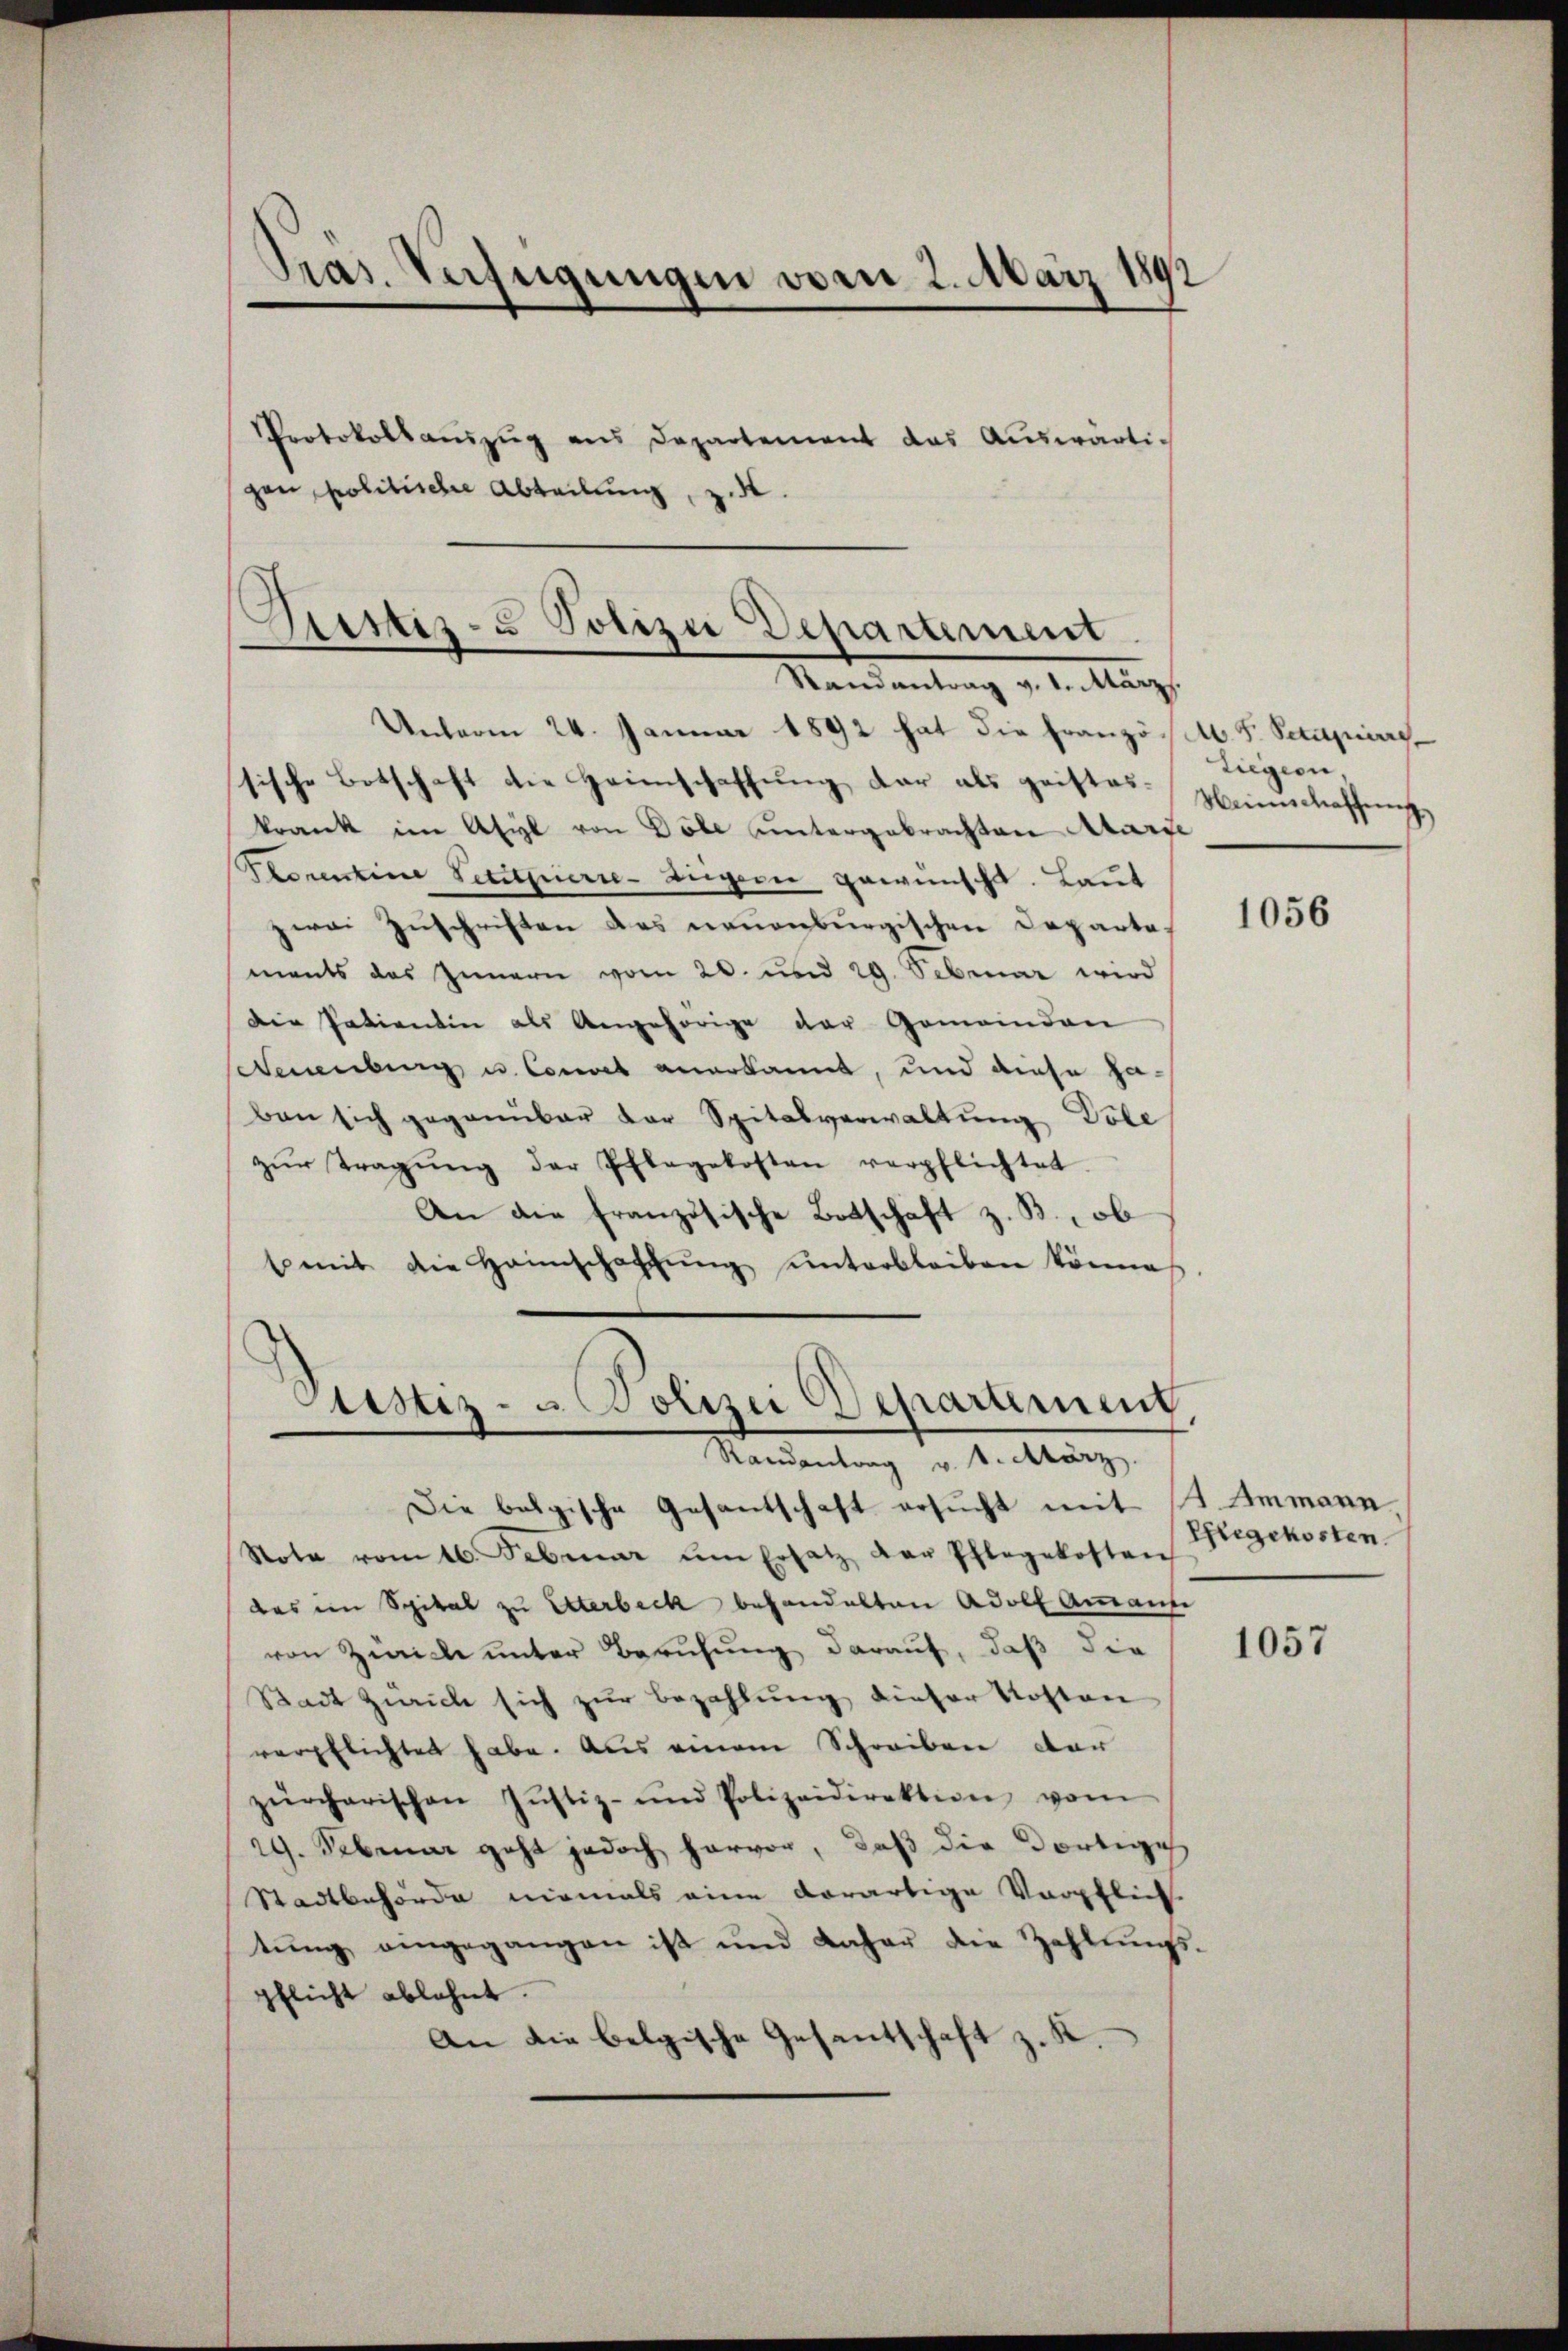
Pras. Verfügungen vom 2. März 1892

Protokollaŭszŭg ans Departement das Aŭswärtigen, politischer Abteilung, z.

Justiz- & Polizei Departement
Mandantung v. 1. Aug.

Randantrag v. 1. März.

Unterm 24. Januar 1892 hat die Französ. S. Schulpiere,
sische Botschaft die Heimschaffung dar als geistes-
krank im Asyl von Göle untergebrachten Alarie
Prorentine Petitpierre-Zigern gewünscht. Laut
zwei Zuschriften des neuenburgischen Departements das Zimern vom 20. und 29. Sebruar wird
Die Patientin als Angehörige der Gemeinden
Seuburg u. Conces anerkannt, und diese haben sich gegenüber der Spitalverwaltung Vole
zŭr Tragŭng der Pflegekosten verpflichtet.
An die französische Botschaft z. B., ob
t mit die Heimschaffŭng ŭnterbleiben könne
Justiz- als sitzer Departement

Liegern,
Weinschaffung

Die belgische Gesantschaft ersucht mit 12 Ammann
Note vom 16. Februar um Ersatz der Pflegekosten
das im Spital zu Sterbeck behandelten Adolf Ammann
von Zürich unter Berufung darauf, daß die
Stadt Zürich sich zur Bezahlung dieser Kosten
verpflichtet habe. Aus einem Schreiben dar
zürcherischen Justiz- und Polizeidirektion vom
29. Februar geht jedoch hervor, daß die dortige
Stadtbehörde niemals eine derartige Vorpflich
tŭng angegangen ist und daher die Zahlŭngs-
pflicht ablehnt.
An die belgische Gesantschaft z. R.

1056

Pflegekosten.

1057